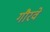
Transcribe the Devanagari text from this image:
गौरवे